Lunatic asylums Madras 1877-1891 - 1877-1891
Year: 1877
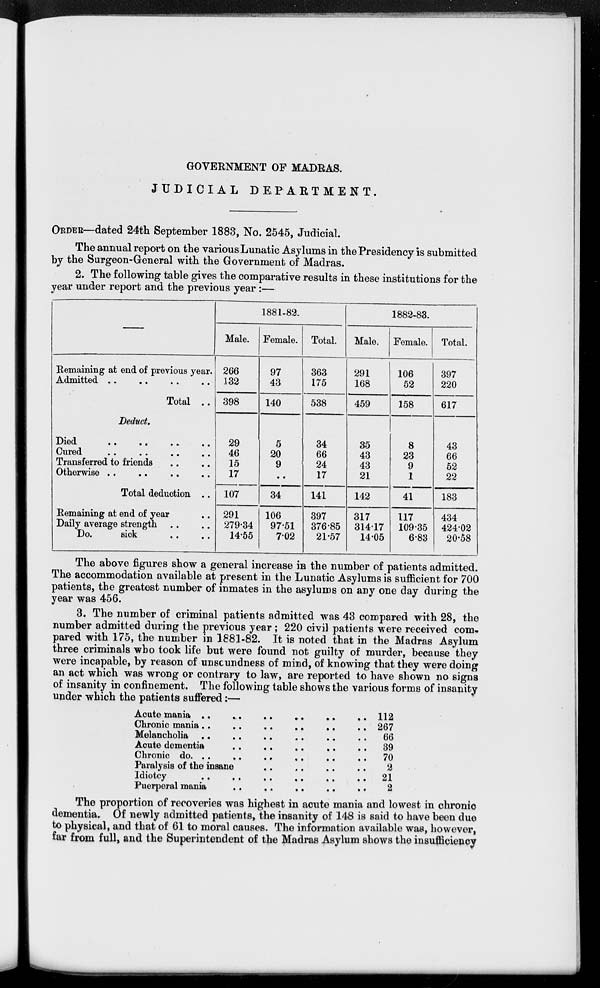
GOVERNMENT OF MADRAS.
JUDICIAL
DEPARTMENT.
ORDER—dated 24th September 1883, No. 2545, Judicial.
The annual report on the various Lunatic Asylums in the Presidency is submitted
by the Surgeon-General with the Government of Madras.
2. The following table gives the comparative results in these institutions for the
year under report and the previous year :—
Remaining at end of previous year.
Admitted .. .. .. ..
Total ..
Deduct.
Died .. .. .. ..
Cured .. .. .. ..
Transferred to friends .. ..
Otherwise .. .. .. ..
Total deduction ..
Remaining at end of year ..
Daily average strength .. ..
Do.
sick .. ..
1881-82.
Male.
266
132
398
29
46
15
17
107
291
279.34
14.55
Female.
97
43
140
5
20
9
..
34
106
97.51
7.02
Total.
363
175
538
34
66
24
17
141
397
376.85
21.57
1882-83.
Male.
291
168
459
35
43
43
21
142
317
314.17
14.05
Female.
106
52
158
8
23
9
1
41
117
109.35
6.83
Total.
397
220
617
43
66
52
22
183
434
424.02
20.58
The above figures show a general increase in the number of patients admitted.
The accommodation available at present in the Lunatic Asylums is sufficient for 700
patients, the greatest number of inmates in the asylums on any one day during the
year was 456.
3. The number of criminal patients admitted was 43 compared with 28, the
number admitted during the previous year ; 220 civil patients were received com-
pared with 175, the number in 1881-82. It is noted that in the Madras Asylum
three criminals who took life but were found not guilty of murder, because they
were incapable, by reason of unscundness of mind, of knowing that they were doing
an act which was wrong or contrary to law, are reported to have shown no signs
of insanity in confinement. The following table shows the various forms of insanity
under which the patients suffered :—
Acute mania .. .. .. .. .. ..
Chronic mania .. .. .. .. .. ..
Melancholia .. .. .. .. .. ..
Acute dementia .. .. .. .. ..
Chronic do. .. .. .. .. .. ..
Paralysis of the insane .. .. .. ..
Idiotcy .. .. .. .. .. ..
Puerperal mania .. .. .. .. ..
112
267
66
39
70
2
21
2
The proportion of recoveries was highest in acute mania and lowest in chronic
dementia. Of newly admitted patients, the insanity of 148 is said to have been due
to physical, and that of 61 to moral causes. The information available was, however,
far from full, and the Superintendent of the Madras Asylum shows the insufficiency